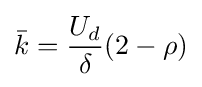
{\bar {k}}={\frac {U_{d}}{\delta }}(2-\rho )